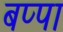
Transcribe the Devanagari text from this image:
बप्‍पा